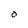
Character: O